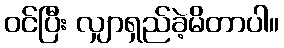
ဝင်ပြီး လျှာရှည်ခဲ့မိတာပါ။